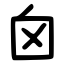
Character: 囟